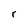
Character: r